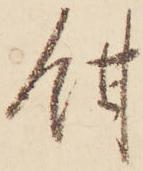
餌